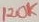
Text: 120K